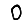
Digit: 0